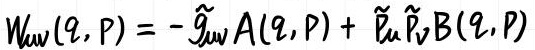
$W_{uv}(q,p)=-\tilde{g}_{uv}A(q,p)+\tilde{P}_u\tilde{P}_vB(q,p)$